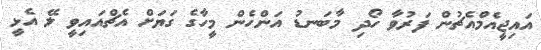
އައިޖީއެމްއެޗުން ފަރުވާ ހޯދި މާބަނޑު އަންހެން މީހާގެ ގަޔަށް އެޗްއައިވީ ލޭ އެޅީ